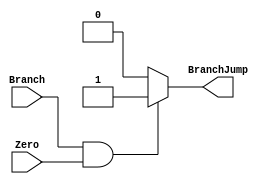
`timescale 1ns/1ns
module BranchController(input Branch, input Zero, output BranchJump);
    assign BranchJump = (Branch == 1'b1 && Zero == 1'b1)  ? 1'b1 : 1'b0;
endmodule